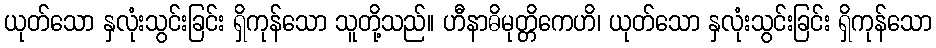
ယုတ်သော နှလုံးသွင်းခြင်း ရှိကုန်သော သူတို့သည်။ ဟီနာဓိမုတ္တိကေဟိ၊ ယုတ်သော နှလုံးသွင်းခြင်း ရှိကုန်သော